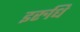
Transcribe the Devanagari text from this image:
इरुधि